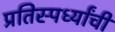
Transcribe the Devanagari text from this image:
प्रतिस्पर्ध्यांची